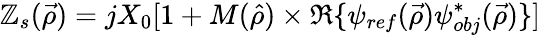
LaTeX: \mathbb{Z}_{s}(\vec{{\rho}})=jX_{0}[1+M(\hat{{\rho}})\times\Re\{ \psi_{ref}(\vec{{\rho}})\psi_{obj}^{*}(\vec{{\rho}})\} ]